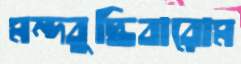
মন্দবুদ্ধিবারোম